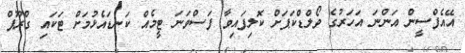
އޭއެފްސީން އަންނަ އަހަރުގެ ވޯލްޑްކަޕަށް ކޮލިފައިވާ ފަސްވަނަ ޓީމެއް ކަނޑައެޅުމަށް ޓަކައި ގްރޫޕް